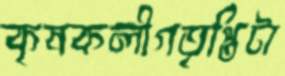
কৃষকলীগতৃপ্তিটা